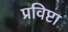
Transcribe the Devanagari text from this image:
प्रविष्टा